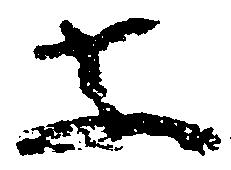
等